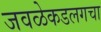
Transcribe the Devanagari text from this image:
जवळेकडलगचा